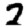
Digit: 2